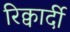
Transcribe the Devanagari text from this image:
रिक्वार्दी